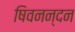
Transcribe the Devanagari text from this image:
षिवनन्दन